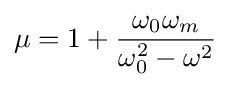
\mu =1+{\frac {\omega _{0}\omega _{m}}{\omega _{0}^{2}-\omega ^{2}}}